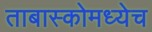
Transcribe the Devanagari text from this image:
ताबास्कोमध्येच